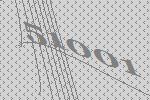
51001